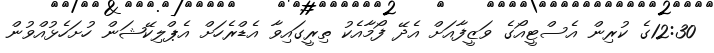
12:30ގެ ކުރިން އެސްޓީއޯގެ ވަޒީފާއަށް އެދޭ ފޯމާއެކު ތިރީގައިވާ އެޑްރެހަށް އެޕްލިކޭޝަން ހުށަހެޅުއްވުން